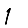
Digit: 1